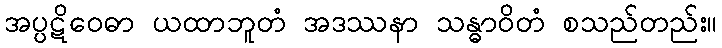
အပ္ပဋိဝေဓာ ယထာဘူတံ အဒဿနာ သန္ဓာဝိတံ စသည်တည်း။